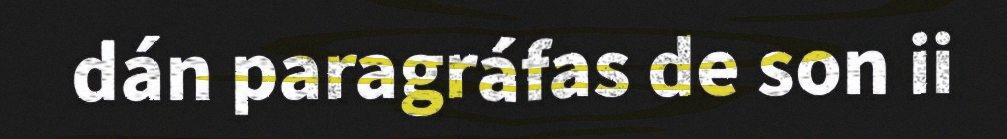
dán paragráfas de son ii